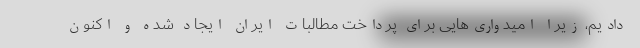
دادیم، زیرا امیدواری‌هایی برای پرداخت مطالبات ایران ایجاد شده و اکنون